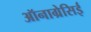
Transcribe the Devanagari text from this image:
ऑनाग्रेसिई